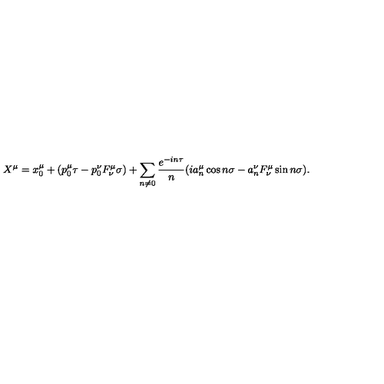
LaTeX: X ^ { \mu } = x _ { 0 } ^ { \mu } + ( p _ { 0 } ^ { \mu } \tau - p _ { 0 } ^ { \nu } F _ { \nu } ^ { \mu } \sigma ) + \sum _ { n \neq 0 } { \frac { e ^ { - i n \tau } } { n } } ( i a _ { n } ^ { \mu } \cos n \sigma - a _ { n } ^ { \nu } F _ { \nu } ^ { \mu } \sin n \sigma ) .